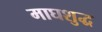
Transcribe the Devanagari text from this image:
माघशुद्ध